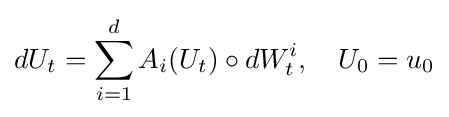
dU_{t}=\sum \limits _{i=1}^{d}A_{i}(U_{t})\circ dW_{t}^{i},\quad U_{0}=u_{0}